Annual report on the mental hospital in the Central Provinces and Berar (Nagpur) - 1927-1951
Year: 1927
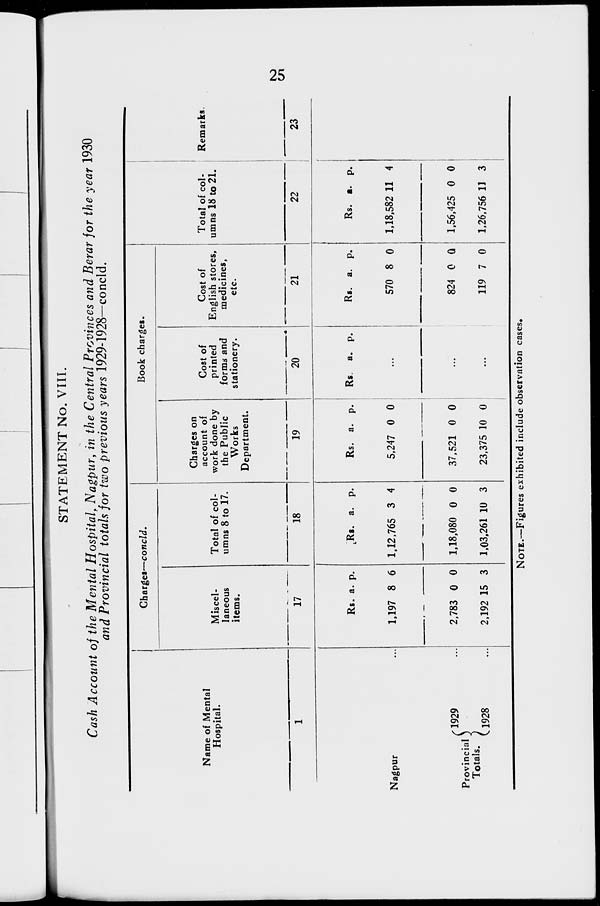
25
STATEMENT No. VIII.
Cash Account of the Mental Hospital. Nagpur, in the Central Provinces and Berar for the year 1930
and Provincial totals for two previous years 1929-1928—concld.
Name of Mental
Hospital.
1
Nagpur ...
Provincial
Totals.
1929 ...
1928 ...
Charges—concld.
Miscel-
laneous
items.
17
Rs.
1,197
2,783
2,192
a.
8
0
15
p.
6
0
3
Total of col-
umns 8 to 17.
18
Rs.
1,12,765
1,18,080
1,03,261
a.
3
0
10
p.
4
0
3
Book charges.
Charges on
account of
work done by
the Public
Works
Department.
19
Rs.
5,247
37,521
23,375
a.
0
0
10
p.
0
0
0
Cost of
printed
forms and
stationery.
20
Rs a. p.
...
...
...
Cost of
English stores,
medicines,
etc.
21
Rs.
570
824
119
a.
8
0
7
p.
0
0
0
Total of col-
umns 18 to 21.
22
Rs.
1,18,582
1,56,425
1,26,756
a.
11
0
11
p.
4
0
3
Remarks.
23
NOTE.—Figures exhibited include observation cases.